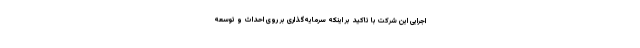
اجرایی این شرکت با تاکید بر اینکه سرمایه‌گذاری بر روی احداث و توسعه